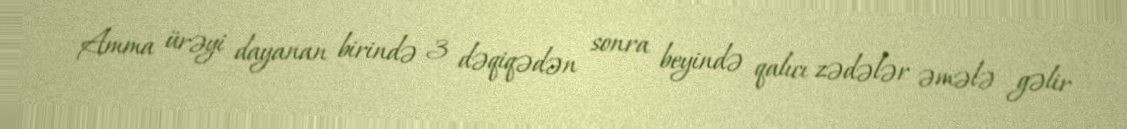
Amma ürəyi dayanan birində 3 dəqiqədən sonra beyində qalıcı zədələr əmələ gəlir